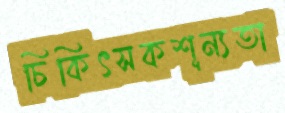
চিকিৎসকশূন্যতা